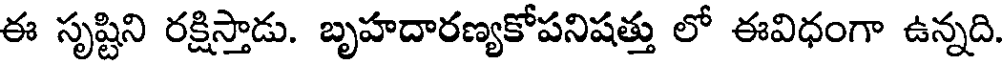
ఈ సృష్టిని రక్షిస్తాడు. బృహదారణ్యకోపనిషత్తు లో ఈవిధంగా ఉన్నది.